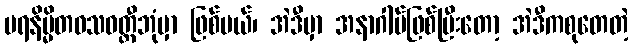
ပရနိမ္မိတဝသဝတ္တီဘုံမှာ ဖြစ်မယ်၊ အဲဒီမှာ အနာဂါမ်ဖြစ်ပြီးတော့ အဲဒီကစုတေတဲ့